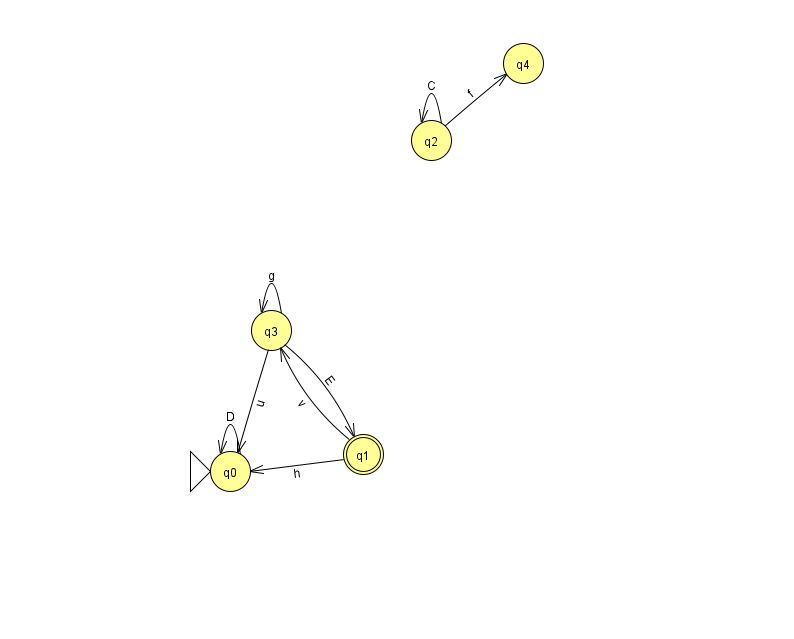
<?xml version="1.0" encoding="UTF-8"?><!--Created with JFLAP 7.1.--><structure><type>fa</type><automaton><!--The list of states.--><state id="0" name="q0"><x>230.0</x><y>458.0</y><initial/></state><state id="1" name="q1"><x>363.0</x><y>441.0</y><final/></state><state id="2" name="q2"><x>431.0</x><y>127.0</y></state><state id="3" name="q3"><x>271.0</x><y>317.0</y></state><state id="4" name="q4"><x>523.0</x><y>50.0</y></state><!--The list of transitions.--><transition><from>1</from><to>0</to><read>h</read></transition><transition><from>2</from><to>2</to><read>C</read></transition><transition><from>0</from><to>0</to><read>D</read></transition><transition><from>3</from><to>0</to><read>u</read></transition><transition><from>3</from><to>3</to><read>g</read></transition><transition><from>1</from><to>3</to><read>v</read></transition><transition><from>2</from><to>4</to><read>f</read></transition><transition><from>3</from><to>1</to><read>E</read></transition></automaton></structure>